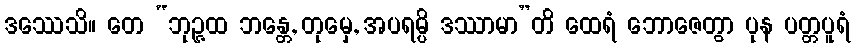
ဒဿေသိ။ တေ “ဘုဉ္ဇထ ဘန္တေ, တုမှေ, အပရမ္ပိ ဒဿာမာ”တိ ထေရံ ဘောဇေတွာ ပုန ပတ္တပူရံ